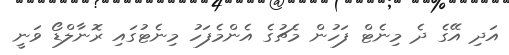
އަދި އޭގެ ދެ މިނެޓް ފަހުން މެޗުގެ އެންމެފަހު މިނެޓުގައި ރޮނާލްޑޯ ވަނީ